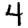
Digit: 4